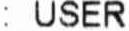
: USER